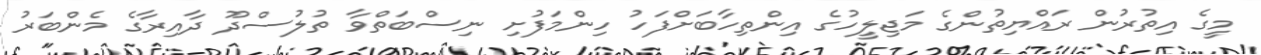
މީގެ އިތުރުން ރައްޔިތުންގެ މަޖިލީހުގެ އިންތިހާބަށްފަހު ހިންމަފުށި ނިސްބަތްވާ ތުލުސްދޫ ދާއިރާގެ މެންބަރު